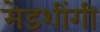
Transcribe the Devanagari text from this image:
मेडशींगी